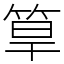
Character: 筸